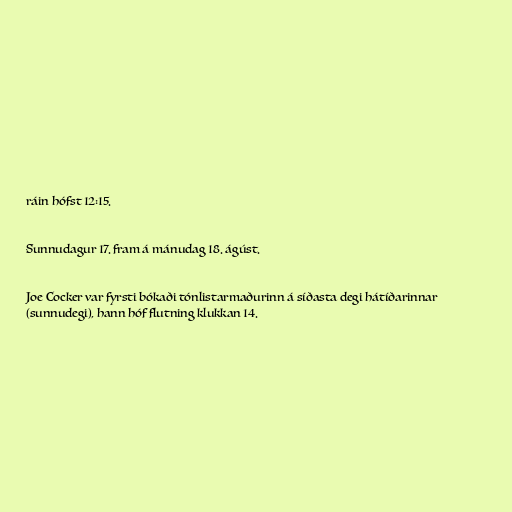
ráin hófst 12:15.

Sunnudagur 17. fram á mánudag 18. ágúst.

Joe Cocker var fyrsti bókaði tónlistarmaðurinn á síðasta degi hátíðarinnar
(sunnudegi), hann hóf flutning klukkan 14.